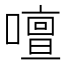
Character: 𠿞